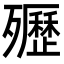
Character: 㱹